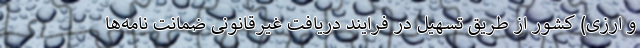
و ارزی) کشور از طریق تسهیل در فرایند دریافت غیرقانونی ضمانت نامه‌ها